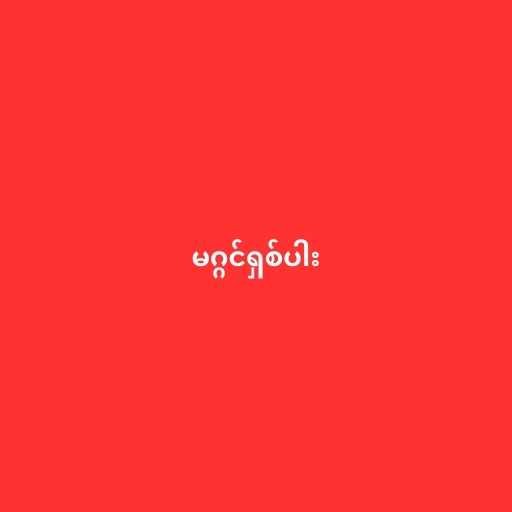
မဂ္ဂင်ရှစ်ပါး